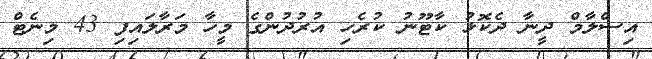
އިސްލާމް ދީނާ ދެކޮޅު ކާޓޫނު ކުރެހި އުރުދުންގެ މީހާ މަރާލައިފި 43 މިނެޓް